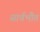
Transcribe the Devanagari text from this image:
सार्वभौत